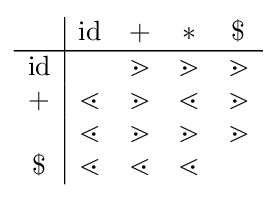
{\begin{array}{c|cccc}&\mathrm {id} &+&*&\$\\\hline \mathrm {id} &&\gtrdot &\gtrdot &\gtrdot \\+&\lessdot &\gtrdot &\lessdot &\gtrdot \\*&\lessdot &\gtrdot &\gtrdot &\gtrdot \\\$&\lessdot &\lessdot &\lessdot &\end{array}}